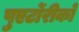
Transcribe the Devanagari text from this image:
पुएर्टोरीको